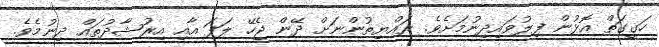
ހަގީގަތް އޮޅުން ފިލުވައިދިނުމަށެވެ. ރައްޔިތުންނަށް ދޭން ޖެހޭ ލަފަ އާއި އިރުޝާދުތައް ދިނުމެވެ.